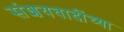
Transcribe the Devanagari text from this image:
संशयवादींच्या